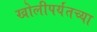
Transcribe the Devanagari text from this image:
खोलीपर्यंतच्या